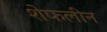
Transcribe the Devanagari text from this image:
शेफलीन